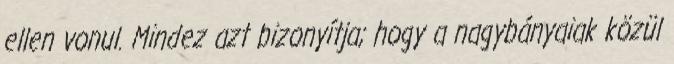
ellen vonul. Mindez azt bizonyítja; hogy a nagybányaiak közül